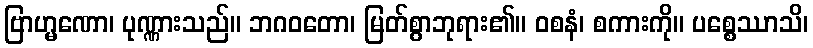
ဗြာဟ္မဏော၊ ပုဏ္ဏားသည်။ ဘဂဝတော၊ မြတ်စွာဘုရား၏။ ဝစနံ၊ စကားကို။ ပစ္စေဿာသိ၊